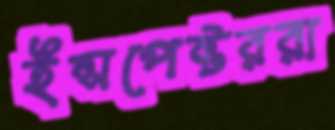
ইন্সপেক্টররা